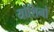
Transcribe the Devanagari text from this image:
योशिनो